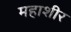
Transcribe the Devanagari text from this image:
महाशीर